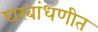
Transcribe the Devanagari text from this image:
घरबांधणीत